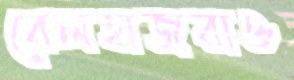
বেলহাজরাও